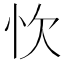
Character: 忺